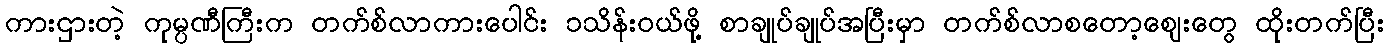
ကားဌားတဲ့ ကုမ္ပဏီကြီးက တက်စ်လာကားပေါင်း ၁သိန်းဝယ်ဖို့ စာချုပ်ချုပ်အပြီးမှာ တက်စ်လာစတော့ဈေးတွေ ထိုးတက်ပြီး